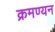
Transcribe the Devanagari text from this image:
क्रमण्यन